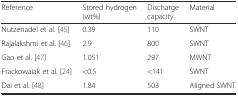
<table><thead><tr><td><b>Reference</b></td><td><b>Stored hydrogen (wt%)</b></td><td><b>Discharge capacity</b></td><td><b>Material</b></td></tr></thead><tbody><tr><td>Nutzenadel et al. [45]</td><td>0.39</td><td>110</td><td>SWNT</td></tr><tr><td>Rajalakshmi et al. [46]</td><td>2.9</td><td>800</td><td>SWNT</td></tr><tr><td>Gao et al. [47]</td><td>1.051</td><td>297</td><td>MWNT</td></tr><tr><td>Frackowaiak et al. [24]</td><td>&lt;0.5</td><td>&lt;141</td><td>SWNT</td></tr><tr><td>Dai et al. [48]</td><td>1.84</td><td>503</td><td>Aligned SWNT</td></tr></tbody></table>